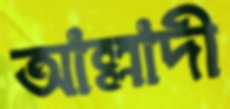
আল্লাদী